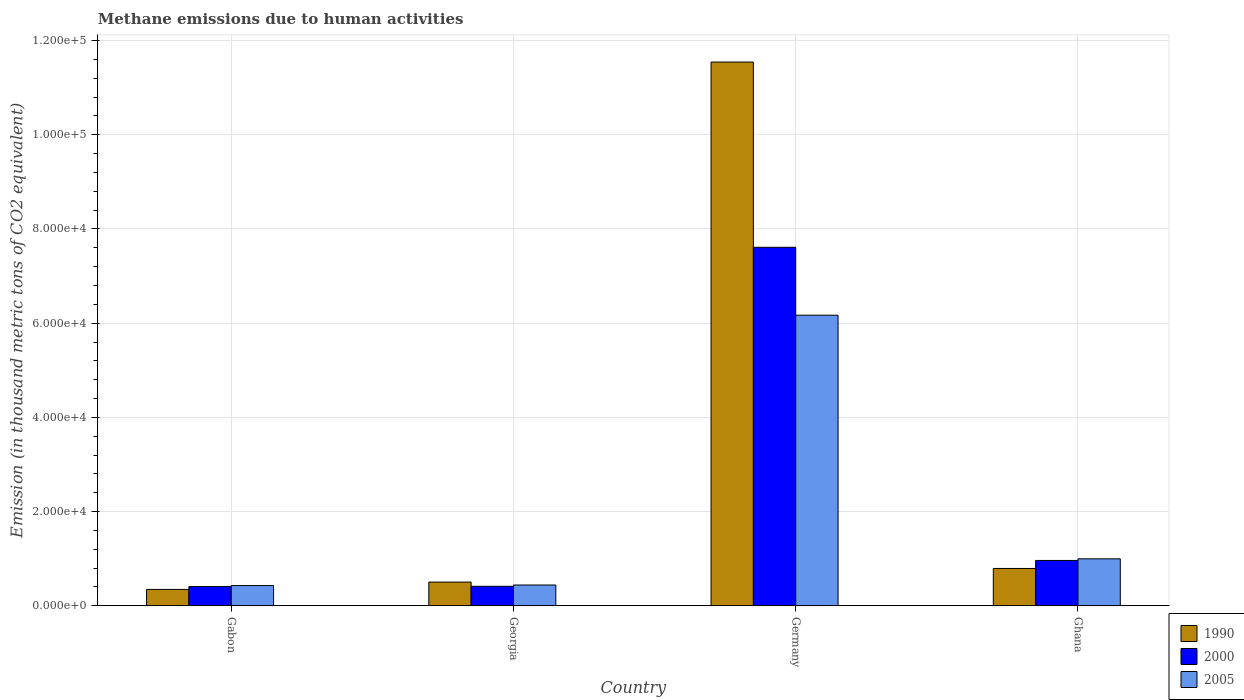
| Country | 1990 | 2000 | 2005 |
 | --- | --- | --- | --- |
 | Gabon | 3.48e+03 | 4.08e+03 | 4.3e+03 |
 | Georgia | 5.04e+03 | 4.14e+03 | 4.41e+03 |
 | Germany | 1.15e+05 | 7.61e+04 | 6.17e+04 |
 | Ghana | 7.92e+03 | 9.63e+03 | 9.98e+03 |